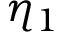
\eta _ { 1 }